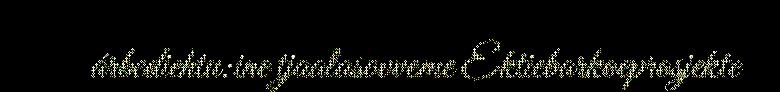
árbediehtu:ine tjaalasovveme Ektiebarkoeprosjekte